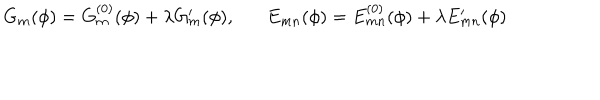
G _ { m } ( \phi ) = G _ { m } ^ { ( 0 ) } ( \phi ) + \lambda G _ { m } ^ { \prime } ( \phi ) , E _ { m n } ( \phi ) = E _ { m n } ^ { ( 0 ) } ( \phi ) + \lambda E _ { m n } ^ { \prime } ( \phi )